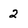
Character: 2